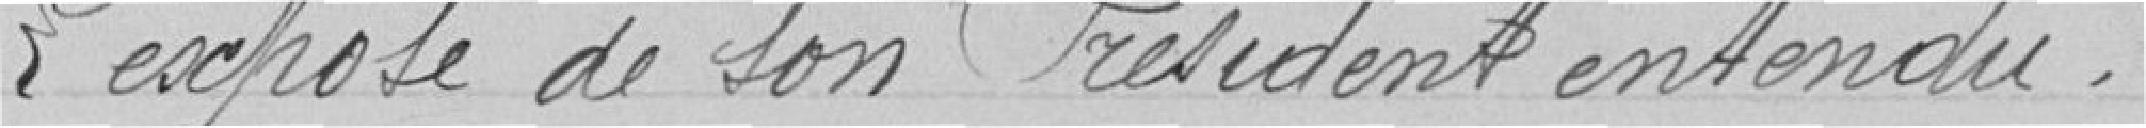
L'exposé de son Président entendu,